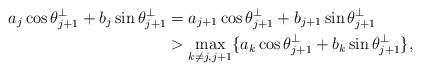
LaTeX: \begin{align*} a_j\cos\theta_{j+1}^\bot+b_j\sin\theta_{j+1}^\bot &=a_{j+1}\cos\theta_{j+1}^\bot+b_{j+1}\sin\theta_{j+1}^\bot\\ &> \max_{k\neq j,j+1}\{a_k\cos\theta_{j+1}^\bot +b_k\sin\theta_{j+1}^\bot\}, \end{align*}